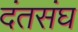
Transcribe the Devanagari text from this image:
दंतसंघ